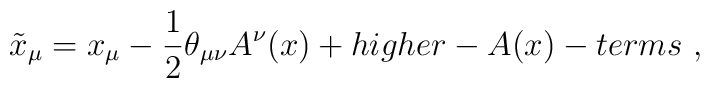
\tilde x_\mu =x_\mu -\frac{1}{2}\theta _{\mu\nu}A^\nu (x) +higher-A(x)-terms ~,